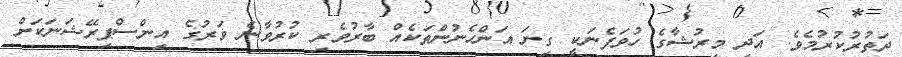
ދަތުރުކުރުމެވެ. އަދި މިރުޝާގެ ހުވަފެނަކީ ގިނަ އަންހެނުންތަކެއް ބާރުވެރި ކުރުވާނެ ވަރުގެ އިންސްޕިރޭޝަނަކަށް